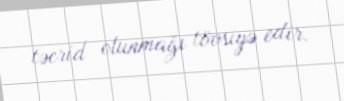
təcrid olunmağı tövsiyə edir.